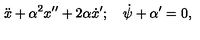
\ddot { x } + \alpha ^ { 2 } x ^ { \prime \prime } + 2 \alpha \dot { x } ^ { \prime } ; \quad \dot { \psi } + \alpha ^ { \prime } = 0 ,